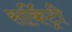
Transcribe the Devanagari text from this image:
सर्किट्री